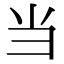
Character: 当